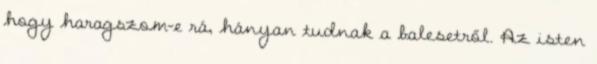
hogy haragszom-e rá, hányan tudnak a balesetről. Az isten